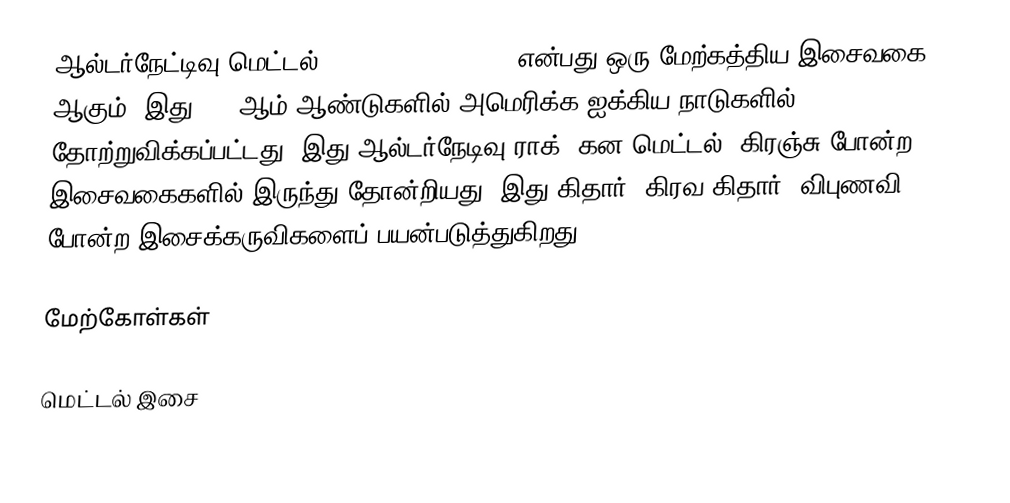
ஆல்டர்நேட்டிவு மெட்டல் (Alternative metal) என்பது ஒரு மேற்கத்திய இசைவகை ஆகும். இது 1990ஆம் ஆண்டுகளில் அமெரிக்க ஐக்கிய நாடுகளில் தோற்றுவிக்கப்பட்டது. இது ஆல்டர்நேடிவு ராக், கன மெட்டல், கிரஞ்சு போன்ற இசைவகைகளில் இருந்து தோன்றியது. இது கிதார், கிரவ கிதார், விபுணவி போன்ற இசைக்கருவிகளைப் பயன்படுத்துகிறது.

மேற்கோள்கள்

மெட்டல் இசை